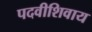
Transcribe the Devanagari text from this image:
पदवीशिवाय